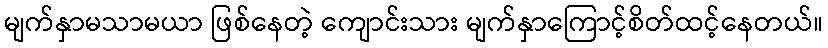
မျက်နှာမသာမယာ ဖြစ်နေတဲ့ ကျောင်းသား မျက်နှာကြောင့်စိတ်ထင့်နေတယ်။